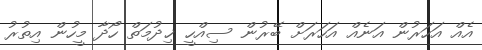
އެއް އަހަރުން އަނެއް އަހަރަށް ބޭރުން ސިއްހީ ޚިދުމަތް ހޯދާ މީހުން އިތުރު